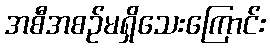
အစီအစဉ်မရှိသေးကြောင်း